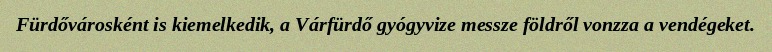
Fürdővárosként is kiemelkedik, a Várfürdő gyógyvize messze földről vonzza a vendégeket.